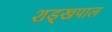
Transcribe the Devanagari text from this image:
शड्खपाल